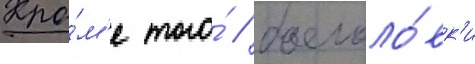
Кро́м'е того́ / боеголо́вк'и